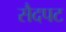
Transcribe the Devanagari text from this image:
सैदपट